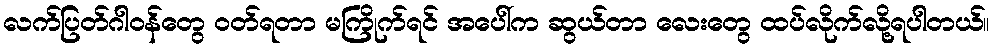
လက်ပြတ်ဂါဝန်တွေ ဝတ်ရတာ မကြိုက်ရင် အပေါ်က ဆွယ်တာ လေးတွေ ထပ်လိုက်လို့ရပါတယ်။